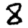
Digit: 8